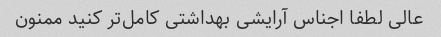
عالی لطفا اجناس آرایشی بهداشتی کامل‌تر کنید ممنون